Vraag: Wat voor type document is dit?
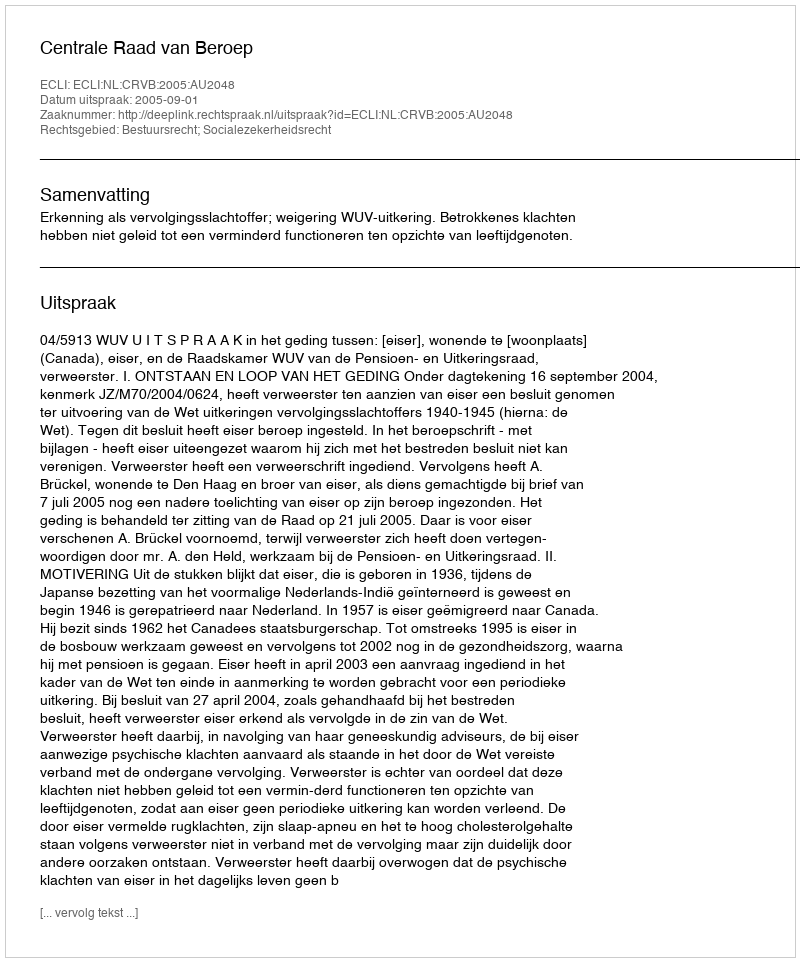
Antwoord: Uitspraak